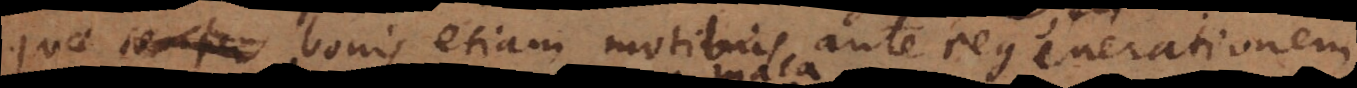
quae bonis etiam motibus ante regenerationem